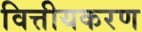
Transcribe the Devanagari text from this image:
वित्तीयकरण